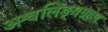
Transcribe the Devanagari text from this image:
अश्वलिङ्गग्रहण